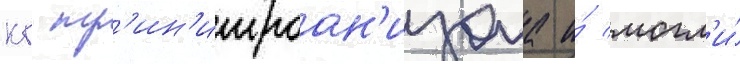
кг тр'ин'итроан'изола и́ могл'и́